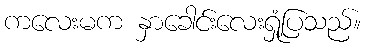
ကလေးမက နှာခေါင်းလေးရှုံ့ပြသည်။